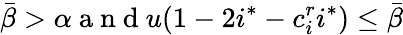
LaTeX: \bar{\beta}>\alpha\mathrm{~a~n~d~}u(1-2i^{*}-c_{i}^{r}i^{*})\le\bar{\beta}